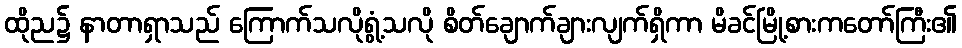
ထိုည၌ နာတာရှာသည် ကြောက်သလိုရွံ့သလို စိတ်ချောက်ချားလျက်ရှိကာ မိခင်မြို့စားကတော်ကြီး၏